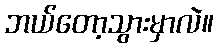
ဘယ်တော့သွားမှာလဲ။